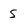
Character: s